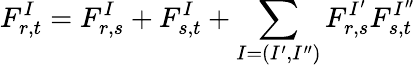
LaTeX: F_{r,t}^{I}=F_{r,s}^{I}+F_{s,t}^{I}+\sum_{I=(I^{\prime},I^{\prime\prime})}F_{r,s}^{I^{\prime}}F_{s,t}^{I^{\prime\prime}}